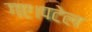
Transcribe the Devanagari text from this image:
गए।पटेल